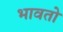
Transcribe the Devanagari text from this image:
भावतो